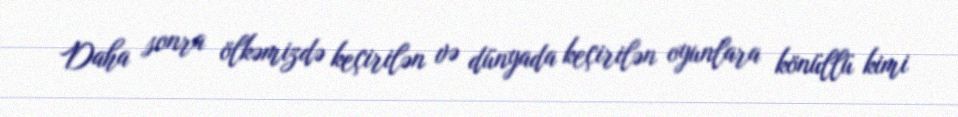
Daha sonra ölkəmizdə keçirilən və dünyada keçirilən oyunlara könüllü kimi